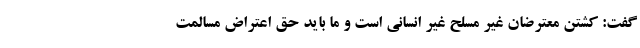
گفت: کشتن معترضان غیر مسلح غیر انسانی است و ما باید حق اعتراض مسالمت